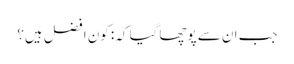
جب ان سے پوچھا گیا کہ: کون افضل ہیں؟